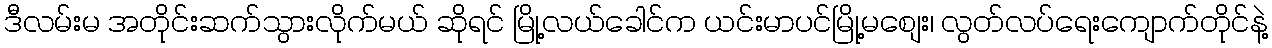
ဒီလမ်းမ အတိုင်းဆက်သွားလိုက်မယ် ဆိုရင် မြို့လယ်ခေါင်က ယင်းမာပင်မြို့မစျေး၊ လွတ်လပ်ရေးကျောက်တိုင်နဲ့